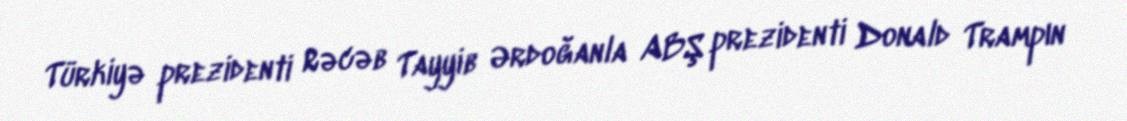
Türkiyə prezidenti Rəcəb Tayyib Ərdoğanla ABŞ prezidenti Donald Trampın